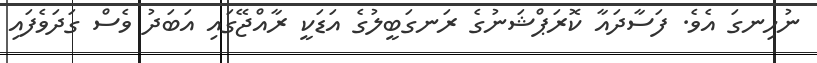
ނުހިނގަ އެވެ. ފަސާދައާ ކޮރަޕްޝަނުގެ ރަނގަބީލުގެ އަޑަކީ ރާއްޖޭގައި އަބަދު ވެސް ގަދަވެފައި